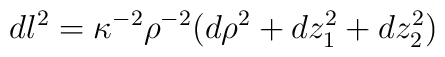
dl^2=\kappa^{-2}\rho^{-2}(d\rho^2+dz_1^2+dz_2^2)~~~